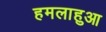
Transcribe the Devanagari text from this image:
हमलाहुआ